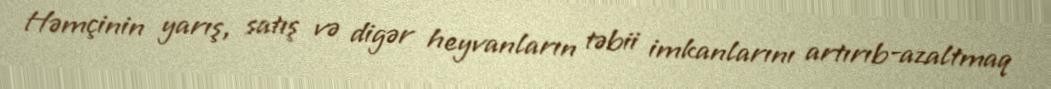
Həmçinin yarış, satış və digər heyvanların təbii imkanlarını artırıb-azaltmaq